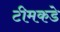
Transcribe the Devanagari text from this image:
टीमकडे